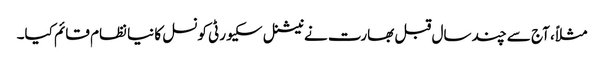
مثلاً، آج سے چند سال قبل بھارت نے نیشنل سکیورٹی کونسل کا نیا نظام قائم کیا۔